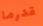
قدرما